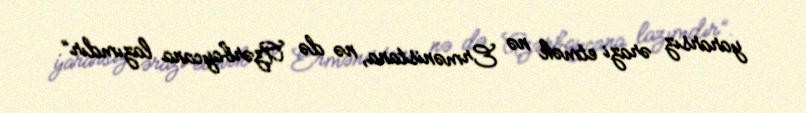
yararsız ərazi etmək nə Ermənistana, nə də Azərbaycana lazımdır”.